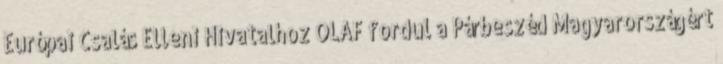
Európai Csalás Elleni Hivatalhoz OLAF fordul a Párbeszéd Magyarországért